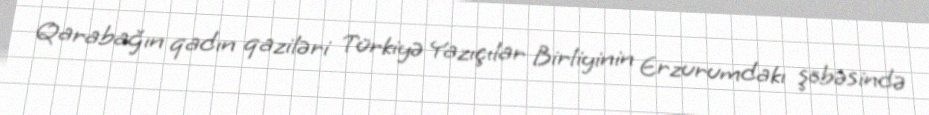
Qarabağın qadın qaziləri Türkiyə Yazıçılar Birliyinin Erzurumdakı şöbəsində